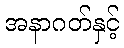
အနာဂတ်နှင့်